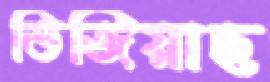
ভিজিয়াছ